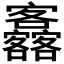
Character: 𡬚